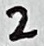
Text: 2